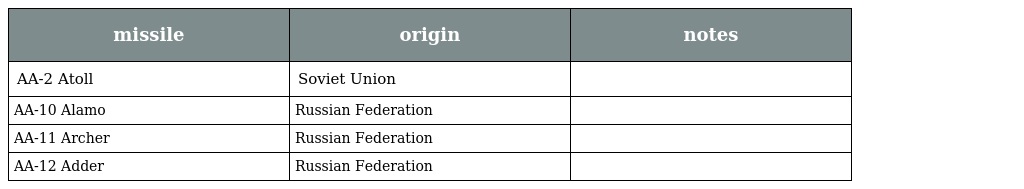
| missile | origin | notes |
 | --- | --- | --- |
 | AA-2 Atoll | Soviet Union |  |
 | AA-10 Alamo | Russian Federation |  |
 | AA-11 Archer | Russian Federation |  |
 | AA-12 Adder | Russian Federation |  |